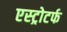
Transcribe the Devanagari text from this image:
एस्ट्रोटर्फ